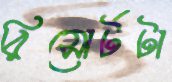
রিসোর্টটা